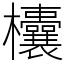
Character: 欜